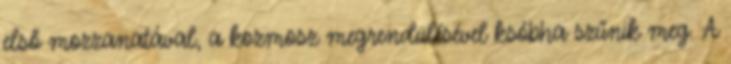
első mozzanatával, a kozmosz megrendülésével ksóbha szűnik meg. A